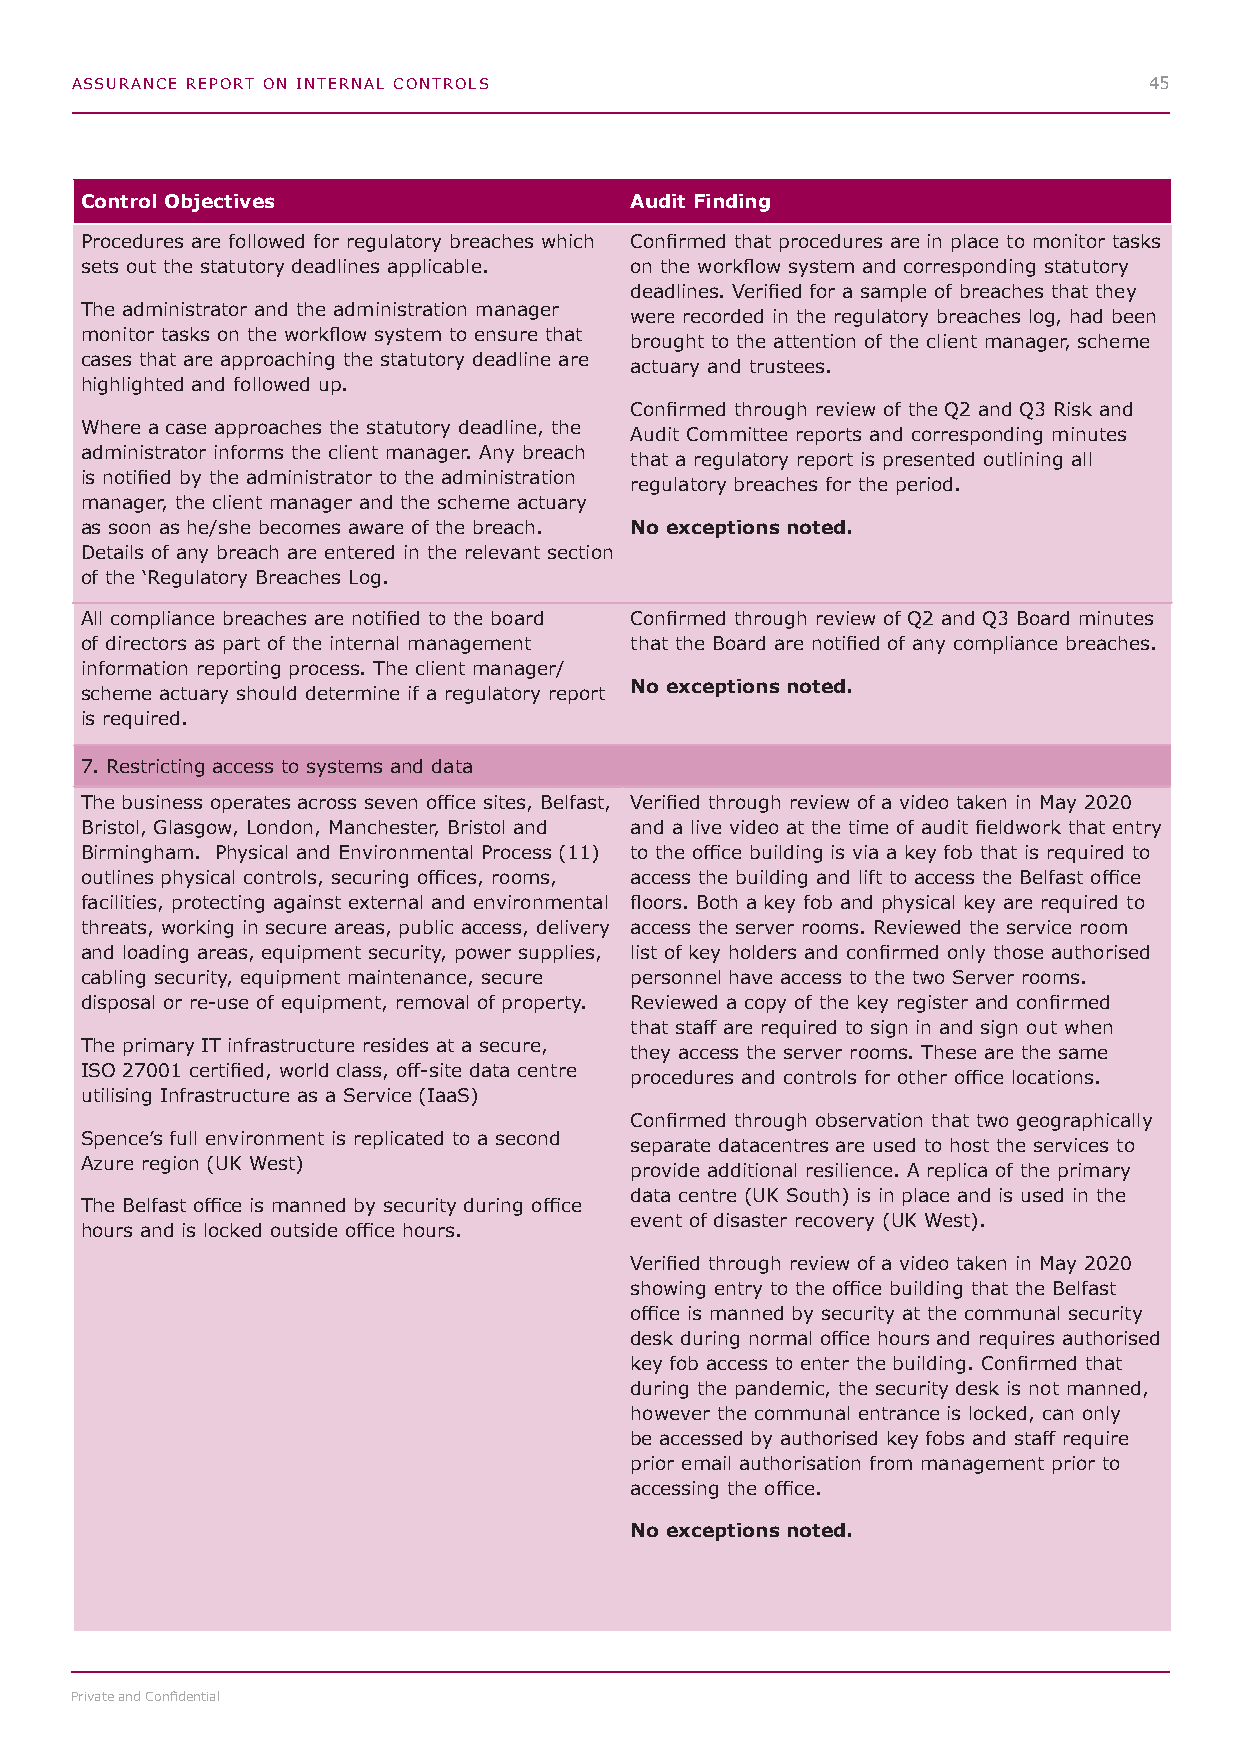
ASSURANCE REPORT ON INTERNAL CONTROLS                                  45
 Control Objectives                   Audit Finding
 Procedures are followed for regulatory breaches which Confirmed that procedures are in place to monitor tasks
 sets out the statutory deadlines applicable. on the workflow system and corresponding statutory
 deadlines. Verified for a sample of breaches that they
 The administrator and the administration manager
 were recorded in the regulatory breaches log, had been
 monitor tasks on the workflow system to ensure that
 brought to the attention of the client manager, scheme
 cases that are approaching the statutory deadline are
 actuary and trustees.
 highlighted and followed up.
 Confirmed through review of the Q2 and Q3 Risk and
 Where a case approaches the statutory deadline, the
 Audit Committee reports and corresponding minutes
 administrator informs the client manager. Any breach
 that a regulatory report is presented outlining all
 is notified by the administrator to the administration
 regulatory breaches for the period.
 manager, the client manager and the scheme actuary
 as soon as he/she becomes aware of the breach. No exceptions noted.
 Details of any breach are entered in the relevant section
 of the ‘Regulatory Breaches Log.
 All compliance breaches are notified to the board Confirmed through review of Q2 and Q3 Board minutes
 of directors as part of the internal management that the Board are notified of any compliance breaches.
 information reporting process. The client manager/
 No exceptions noted.
 scheme actuary should determine if a regulatory report
 is required.
 7. Restricting access to systems and data
 The business operates across seven office sites, Belfast, Verified through review of a video taken in May 2020
 Bristol, Glasgow, London, Manchester, Bristol and and a live video at the time of audit fieldwork that entry
 Birmingham. Physical and Environmental Process (11) to the office building is via a key fob that is required to
 outlines physical controls, securing offices, rooms, access the building and lift to access the Belfast office
 facilities, protecting against external and environmental floors. Both a key fob and physical key are required to
 threats, working in secure areas, public access, delivery access the server rooms. Reviewed the service room
 and loading areas, equipment security, power supplies, list of key holders and confirmed only those authorised
 cabling security, equipment maintenance, secure personnel have access to the two Server rooms.
 disposal or re-use of equipment, removal of property. Reviewed a copy of the key register and confirmed
 that staff are required to sign in and sign out when
 The primary IT infrastructure resides at a secure,
 they access the server rooms. These are the same
 ISO 27001 certified, world class, off-site data centre
 procedures and controls for other office locations.
 utilising Infrastructure as a Service (IaaS)
 Confirmed through observation that two geographically
 Spence’s full environment is replicated to a second
 separate datacentres are used to host the services to
 Azure region (UK West)
 provide additional resilience. A replica of the primary
 data centre (UK South) is in place and is used in the
 The Belfast office is manned by security during office
 event of disaster recovery (UK West).
 hours and is locked outside office hours.
 Verified through review of a video taken in May 2020
 showing entry to the office building that the Belfast
 office is manned by security at the communal security
 desk during normal office hours and requires authorised
 key fob access to enter the building. Confirmed that
 during the pandemic, the security desk is not manned,
 however the communal entrance is locked, can only
 be accessed by authorised key fobs and staff require
 prior email authorisation from management prior to
 accessing the office.
 No exceptions noted.
 Private and Confidential